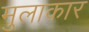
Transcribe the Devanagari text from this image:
मुलाकार